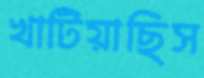
খাটিয়াছিস